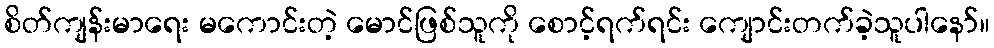
စိတ်ကျန်းမာရေး မကောင်းတဲ့ မောင်ဖြစ်သူကို စောင့်ရက်ရင်း ကျောင်းတက်ခဲ့သူပါနော်။